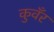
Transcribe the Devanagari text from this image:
कुवँर